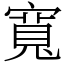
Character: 寬